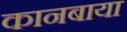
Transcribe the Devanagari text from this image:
कानबाया